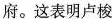
府。这表明卢梭